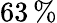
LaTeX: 63\, \%